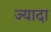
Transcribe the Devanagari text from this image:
ज्यादा